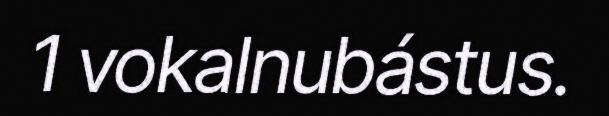
1 vokalnubástus.